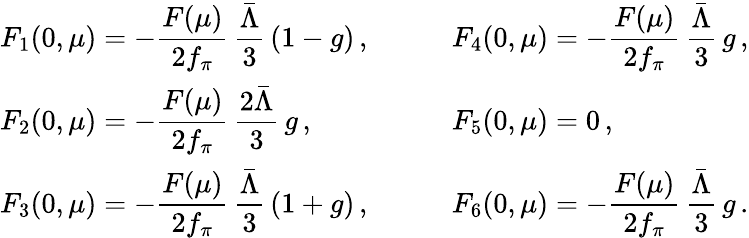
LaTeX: \begin{array}{ll}{{\displaystyle F_{1}(0,\mu)=-{\frac{F(\mu)}{2f_{\pi}}}\, {\frac{\bar{\Lambda}}{3}}\, (1-g)\, ,}}&{{\qquad\displaystyle F_{4}(0,\mu)=-{\frac{F(\mu)}{2f_{\pi}}}\, {\frac{\bar{\Lambda}}{3}}\, g\, ,}}\\ {{\displaystyle F_{2}(0,\mu)=-{\frac{F(\mu)}{2f_{\pi}}}\, {\frac{2\bar{\Lambda}}{3}}\, g\, ,}}&{{\qquad\displaystyle F_{5}(0,\mu)=0\, ,}}\\ {{\displaystyle F_{3}(0,\mu)=-{\frac{F(\mu)}{2f_{\pi}}}\, {\frac{\bar{\Lambda}}{3}}\, (1+g)\, ,}}&{{\qquad\displaystyle F_{6}(0,\mu)=-{\frac{F(\mu)}{2f_{\pi}}}\, {\frac{\bar{\Lambda}}{3}}\, g\, .}}\end{array}